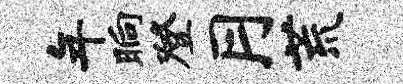
年晌登月荒